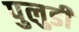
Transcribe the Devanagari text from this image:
पुलुडी